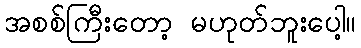
အစစ်ကြီးတော့ မဟုတ်ဘူးပေါ့။